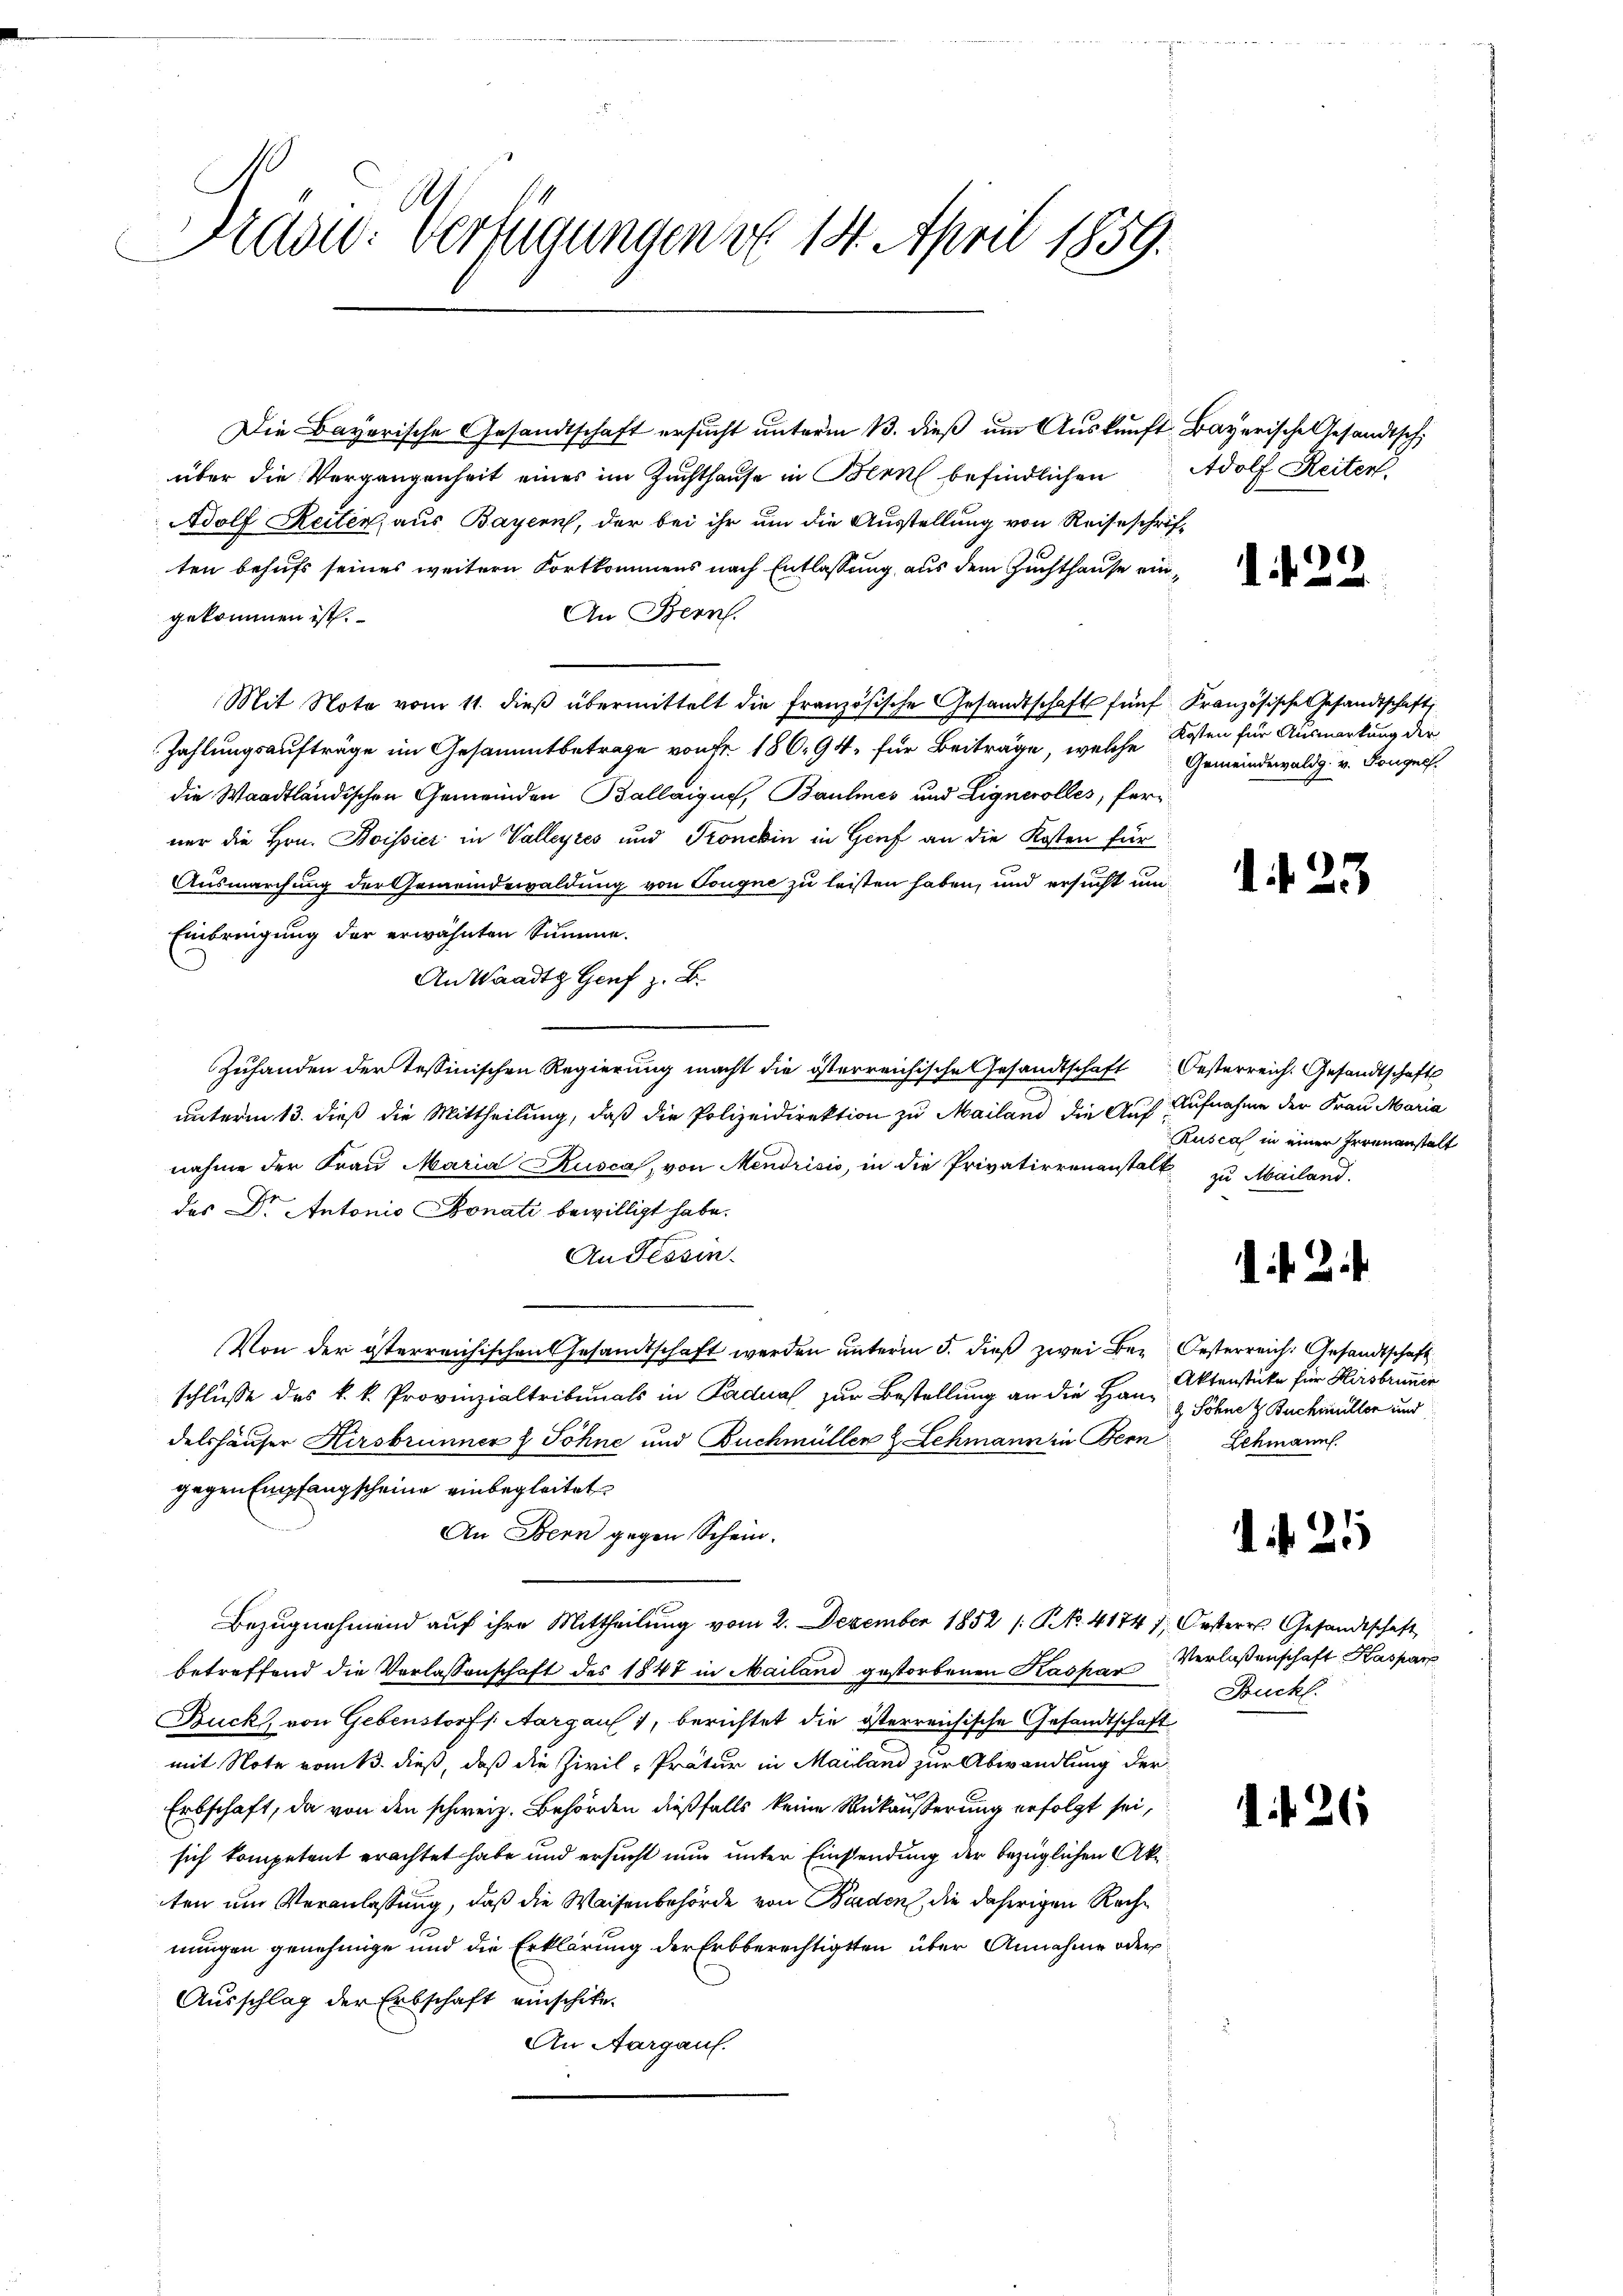
Träs: Verfügungen v. 14. April 1859.

Die Bayerische Gesandtschaft ersucht unterm 13. dieß um Auskunft Bayerische Gesandtsch
über die Vergangenheit eines im Zuchthause in Bern befindlichen Adolf Reiten,
Adolf Reiten, aus Bayern, der bei ihr um die Ausstellung von Reiseschriften behufs seines weitern Fortkommens nach Entlassung aus dem Zuchthause ein¬
An Bern.
gekommen ist.
Mit Note vom 11. dieß übermittelt die französische Gesandtschaft fünf Kranzösische Gesandtschaft
Zahlungsaufträge im Gesammtbetrage von Fr. 18694, für Beiträge, welche
die Waadtländischen Gemeinden Ballaigus, Baumes und Lignerolles, ferner die Hrn. Boissier in Valleytes und Pronchin in Genf an die Kosten für
Ausmarchung der Gemeindewaldung von Tougne zu leisten haben, und ersucht um
Einbringung der erwähnten Summe.
An Waadt Genf z. B.
Zuhanden der Tessinischen Regierung macht die österreichische Gesandtschaft Oesterreich. Gesandtschafts
unterm 13. dieß die Mittheilung, daß die Polizeidirektion zu Mailand die Auf Aufnahme der Frau Maria
nahme der Fraŭ Maria Kusca, von Mendrisis, in die Privatierenanstalt zu Mailand.
des Dr. Antonio Bonati bewilligt habe.
An Tessin.
Von der österreichischen Gesandtschaft werden unterm 5. dieß zwei Be. Oesterreich. Gesandtschaft
schlüsse des k. k. Provinzialtribunals in Padual zur Bestellung an die Handelshäuser Hersbrunner & Söhne und Buchmüller & Lehmann in Bern
gegen Empfangscheine einbegleitet
An Bern gegen Schein.
Bezŭgnehmend aŭf ihre Mittheilŭng vom 2. Dezember 1852 / NNo. 41747, Oesteres Gesandtschaft
betreffend die Verlassenschaft des 1847 in Mailand gestorbenen Kaspar
Buck, von Gebenstorf. Aargau 1, berichtet die österreichische Gesandtschaft
mit Note vom 13. dieß, daß die Zivil-Pratur in Mailand zur Abwandlung der
Erbschaft, da von den schweiz. Behörden dießfalls keine Rükäußerung erfolgt sei,
sich kompetent erachtet habe und ersucht nun unter Einsendung der bezüglichen Akten um Veranlassung, daß die Waisenbehörde von Bunden, die daherigen Rechnungen genehmige und die Erklärung der Erbberechtigten über Annahme oder
Ausschlag der Erbschaft einschicke
An Aargauf.

122.

Kosten für Ausmarkung der
Gemeindewaldg. v. Gongue

1. f. 23

Rusca in einer Irrenanstalt

1 f 2

Aktenstücke für Hirsbrunner
& Söhne & Buchmüller und
Schmann.

N. 25

Verlassenschaft Kaspar
Buckl.

1. 426